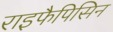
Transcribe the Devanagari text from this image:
राइफैपिसिन